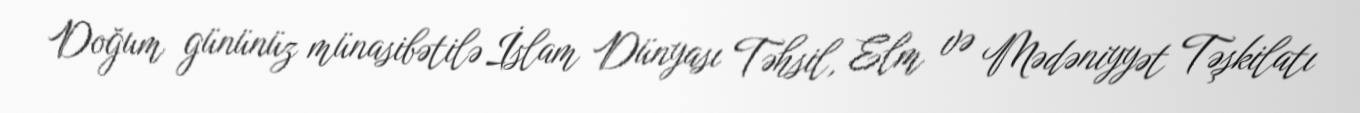
Doğum gününüz münasibətilə İslam Dünyası Təhsil, Elm və Mədəniyyət Təşkilatı